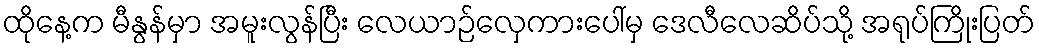
ထိုနေ့က မီနွန်မှာ အမူးလွန်ပြီး လေယာဉ်လှေကားပေါ်မှ ဒေလီလေဆိပ်သို့ အရုပ်ကြိုးပြတ်